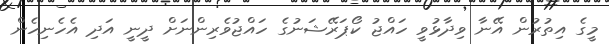
މީގެ އިތުރުން އޭނާ ވިދާޅުވީ ހައްޖު ކޯޕަރޭޝަނުގެ ހައްޖުވެރިންނަށް ދީނީ އަދި އެހެނިހެން